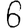
Digit: 6